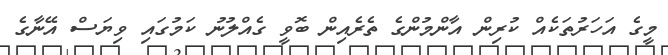
މީގެ އަހަރުތަކެއް ކުރިން އާންމުންގެ ތެރެއިން ބޮވީ ގެއްލުނު ކަމުގައި ވިޔަސް އޭނާގެ